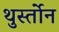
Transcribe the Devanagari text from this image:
थुर्स्तोन